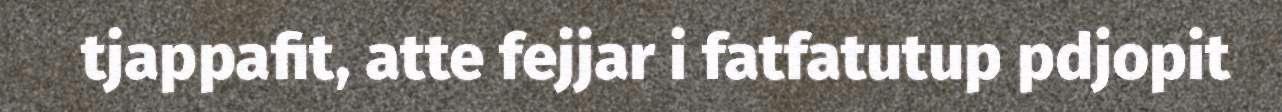
tjappafit, atte fejjar i fatfatutup pdjopit